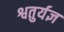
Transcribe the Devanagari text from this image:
श्वतुर्यज्ञ